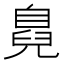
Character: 𮍜